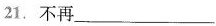
21.不再___